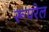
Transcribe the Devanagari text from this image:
रूपरेल